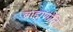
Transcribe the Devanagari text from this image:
ब्राह्मणांनि